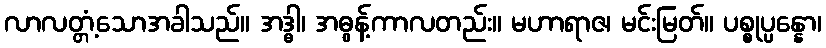
လာလတ္တံ့သောအခါသည်။ အဒ္ဓါ၊ အဓွန့်ကာလတည်း။ မဟာရာဇ၊ မင်းမြတ်။ ပစ္စုပ္ပန္နော၊